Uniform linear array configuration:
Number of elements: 4
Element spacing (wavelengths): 0.5
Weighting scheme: kaiser
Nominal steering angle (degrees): -60
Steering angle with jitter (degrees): -61.299
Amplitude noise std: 0.05
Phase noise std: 0.05

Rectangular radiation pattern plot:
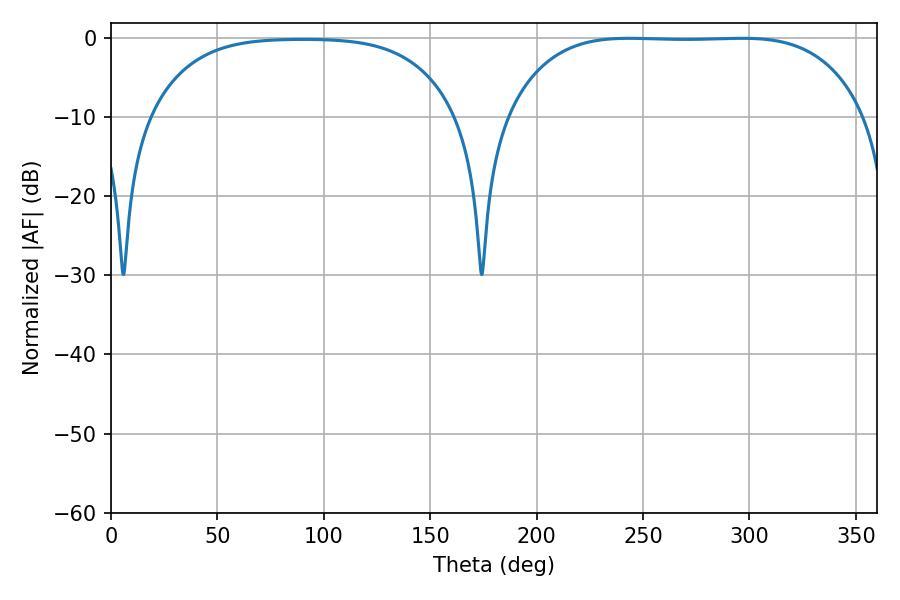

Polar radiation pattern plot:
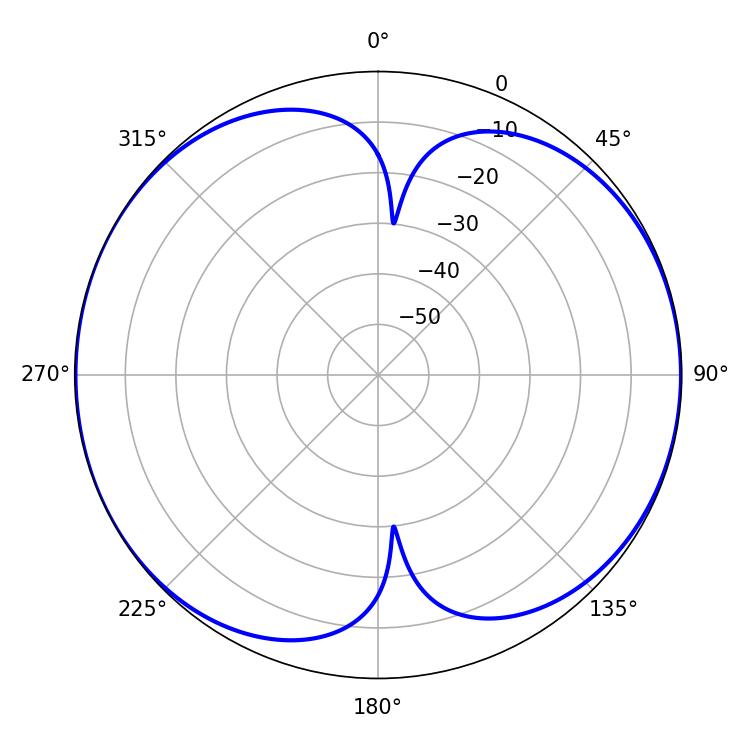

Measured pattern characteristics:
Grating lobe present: FALSE
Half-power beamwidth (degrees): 129.96
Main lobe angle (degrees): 243.54